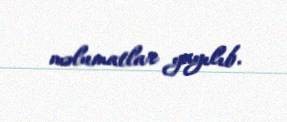
məlumatlar yayılıb.